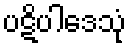
ပဋိပါဒေသုံ